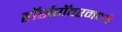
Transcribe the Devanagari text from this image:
हॉर्सपॉवरमध्ये